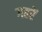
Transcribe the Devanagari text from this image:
गहरें